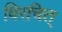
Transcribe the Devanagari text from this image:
विरचित्